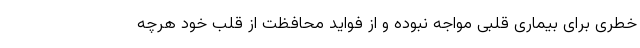
خطری برای بیماری قلبی مواجه نبوده و از فواید محافظت از قلب خود هرچه